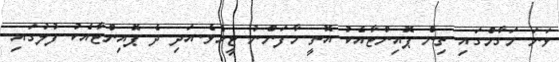
ވަނަ މަގާމްގައި ތިން ޕޮއިންޓާއެކު އޮތީ މާފަންނު ޓީމެވެ.އަދި ދެ ޕޮއިންޓާއެކު ފުލުގައި